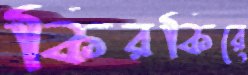
কিরকিরে